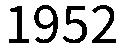
1952